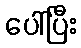
ပေါ်ပြီး